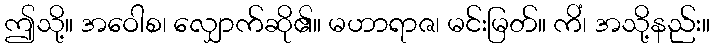
ဤသို့။ အဝေါစ၊ လျှောက်ဆို၏။ မဟာရာဇ၊ မင်းမြတ်။ ကိံ၊ အသို့နည်း။